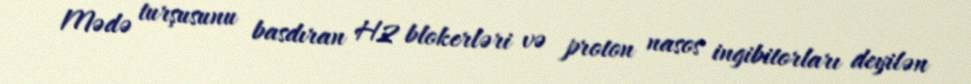
Mədə turşusunu basdıran H2 blokerləri və proton nasos ingibitorları deyilən